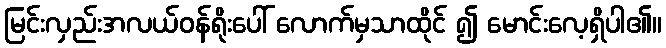
မြင်းလှည်းအလယ်ဝန်ရိုးပေါ် လောက်မှသာထိုင် ၍ မောင်းလေ့ရှိပါ၏။